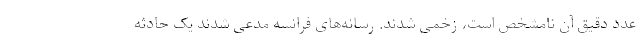
عدد دقیق آن نامشخص است، زخمی شدند. رسانه‌های فرانسه مدعی شدند یک حادثه